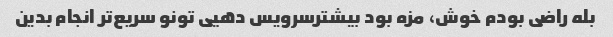
بله راضی بودم خوش، مزه بود بیشترسرویس دهیی تونو سریع‌تر انجام بدین